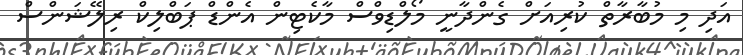
އަދި މި މުބާރާތް ކުރިއަށް ގެންދާނީ މޯލްޑިވްސް މާކެޓިން އެންޑް ޕަބްލިކް ރިލޭޝަންސް